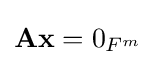
\mathbf {Ax} ={0}_{{F}^{m}}